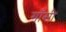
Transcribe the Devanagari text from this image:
गाँसी